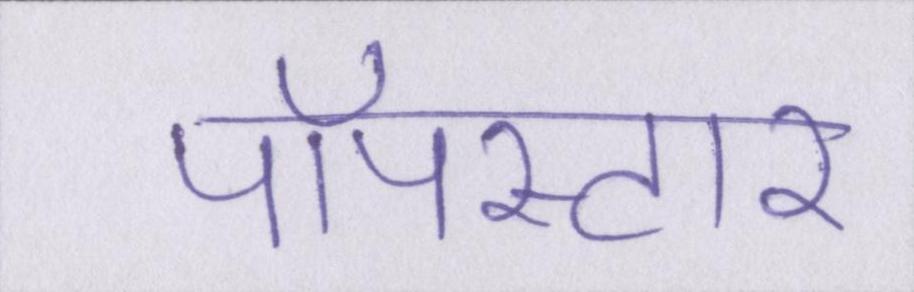
पॉपस्टार